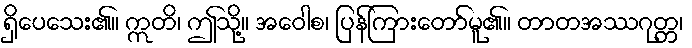
ရှိပေသေး၏။ ဣတိ၊ ဤသို့။ အဝေါစ၊ ပြန်ကြားတော်မူ၏။ တာတအဿဂုတ္တ၊